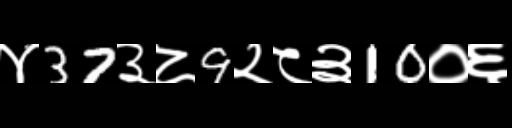
Text: ४37३८9२८३10०६